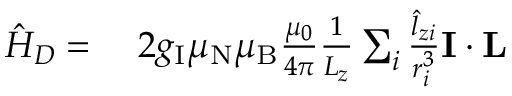
\begin{array} { r l } { { \hat { H } } _ { D } = { } } & { { } 2 g _ { \mathrm { I } } \mu _ { \mathrm { N } } \mu _ { \mathrm { B } } { \frac { \mu _ { 0 } } { 4 \pi } } { \frac { 1 } { L _ { z } } } \sum _ { i } { \frac { { \hat { l } } _ { z i } } { r _ { i } ^ { 3 } } } \mathbf { I } \cdot \mathbf { L } } \end{array}